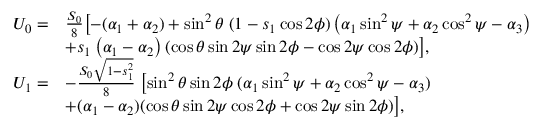
\begin{array} { r l } { U _ { 0 } = } & { \frac { S _ { 0 } } { 8 } \bigl [ - ( \alpha _ { 1 } + \alpha _ { 2 } ) + \sin ^ { 2 } { \theta } \; ( 1 - s _ { 1 } \cos { 2 \phi } ) \left( \alpha _ { 1 } \sin ^ { 2 } { \psi } + \alpha _ { 2 } \cos ^ { 2 } { \psi } - \alpha _ { 3 } \right) } \\ & { + s _ { 1 } \left( \alpha _ { 1 } - \alpha _ { 2 } \right) ( \cos { \theta } \sin { 2 \psi } \sin { 2 \phi } - \cos { 2 \psi } \cos { 2 \phi } ) \bigr ] , } \\ { U _ { 1 } = } & { - \frac { S _ { 0 } \sqrt { 1 - s _ { 1 } ^ { 2 } } } { 8 } \; \bigl [ \sin ^ { 2 } { \theta } \sin { 2 \phi } \; ( \alpha _ { 1 } \sin ^ { 2 } { \psi } + \alpha _ { 2 } \cos ^ { 2 } { \psi } - \alpha _ { 3 } ) } \\ & { + ( \alpha _ { 1 } - \alpha _ { 2 } ) ( \cos { \theta } \sin { 2 \psi } \cos { 2 \phi } + \cos { 2 \psi } \sin { 2 \phi } ) \bigr ] , } \end{array}